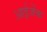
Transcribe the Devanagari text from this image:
आईजेंक